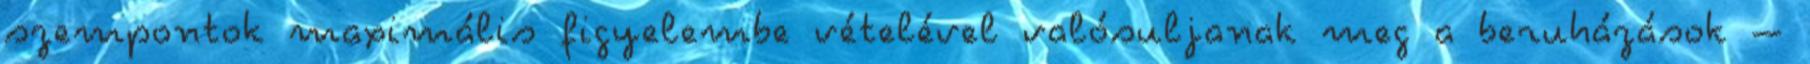
szempontok maximális figyelembe vételével valósuljanak meg a beruházások –